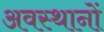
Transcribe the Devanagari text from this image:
अवस्थानों